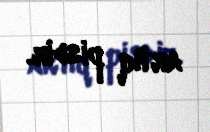
artıq pisdir.